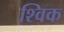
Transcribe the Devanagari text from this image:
श्विक